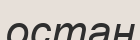
остан